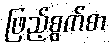
ဖြည့်စွက်စာ